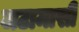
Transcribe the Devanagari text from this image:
जटामासी